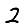
Digit: 2